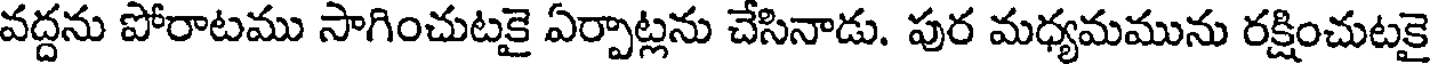
వద్దను పోరాటము సాగించుటకై ఏర్పాట్లను చేసినాడు. పుర మధ్యమమును రక్షించుటకై